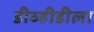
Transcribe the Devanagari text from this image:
डीव्हीडीला